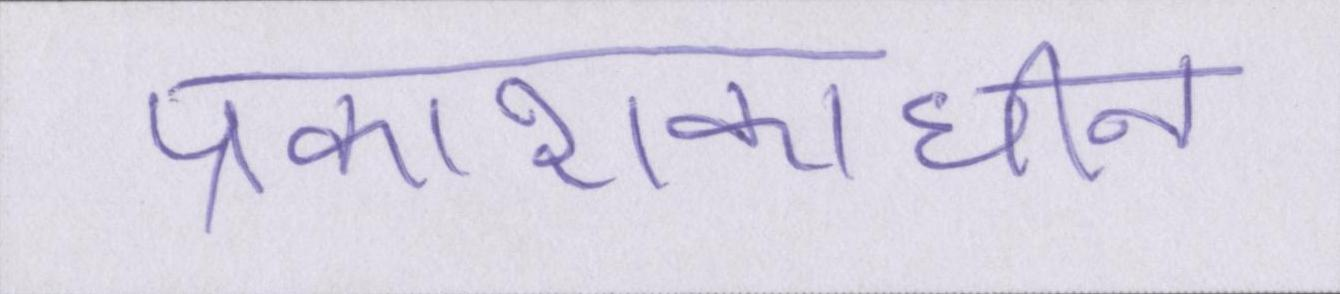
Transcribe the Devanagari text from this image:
प्रकाशकाधीन